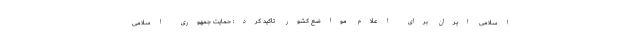
اسلامی ایران برای اعلام مواضع کشور تاکید کرد: حمایت جمهوری اسلامی